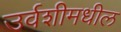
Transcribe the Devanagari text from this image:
उर्वशीमधील